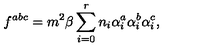
f ^ { a b c } = m ^ { 2 } \beta \sum _ { i = 0 } ^ { r } n _ { i } \alpha _ { i } ^ { a } \alpha _ { i } ^ { b } \alpha _ { i } ^ { c } ,